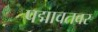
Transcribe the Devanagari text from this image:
पद्मावतवर